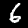
Label: 6